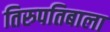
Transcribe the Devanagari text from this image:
तिरुपतिबाला